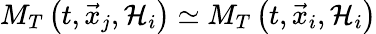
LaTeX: M_{T}\left(t,\vec{x}_{j},{\cal H}_{i}\right)\simeq M_{T}\left(t,\vec{x}_{i},{\cal H}_{i}\right)